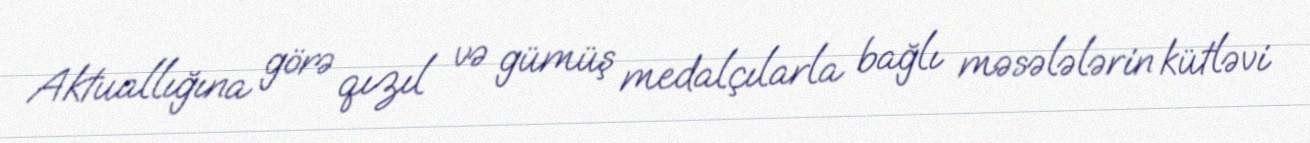
Aktuallığına görə qızıl və gümüş medalçılarla bağlı məsələlərin kütləvi